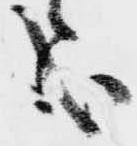
哉